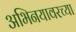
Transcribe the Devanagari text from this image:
अभिनयावरच्या